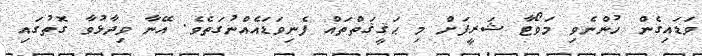
ވަޑައިގެން ހުންނެވި މަވޯޓާ ޝަރީފަށް މި ޙަޤީޤަތްތައް ފެނިވަޑައެއްނުގަތެވެ. އޭނާ ވިދާޅުވާ ގޮތުގައި